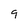
Character: 9